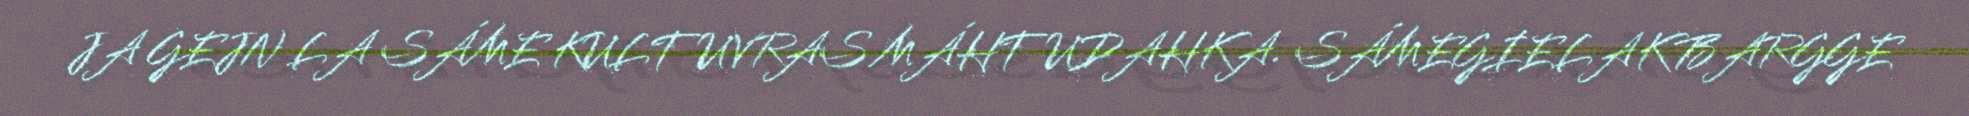
JA GEJN LA SÁME KULTUVRAS MÁHTUDAHKA. SÁMEGIELAK BARGGE